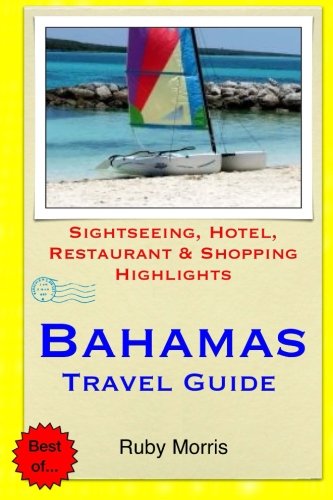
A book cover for Bahamas Travel Guide: Sightseeing, Hotel, Restaurant & Shopping Highlights (Illustrated); Ruby Morris; Travel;